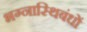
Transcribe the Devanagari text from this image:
भग्नास्थिबंधों